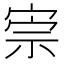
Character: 𡨫